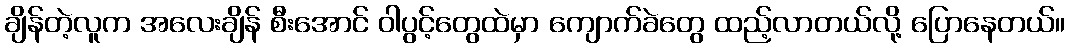
ချိန်တဲ့လူက အလေးချိန် စီးအောင် ဝါပွင့်တွေထဲမှာ ကျောက်ခဲတွေ ထည့်လာတယ်လို့ ပြောနေတယ်။